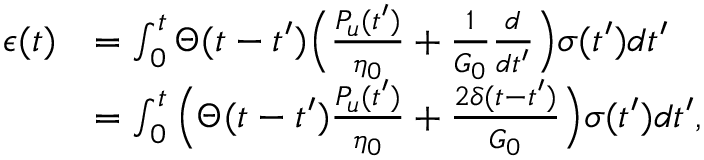
\begin{array} { r l } { { \epsilon } ( t ) } & { = \int _ { 0 } ^ { t } \Theta ( t - t ^ { \prime } ) \Big ( \frac { P _ { u } ( t ^ { \prime } ) } { \eta _ { 0 } } + \frac { 1 } { G _ { 0 } } \frac { d } { d t ^ { \prime } } \Big ) \sigma ( t ^ { \prime } ) d t ^ { \prime } } \\ & { = \int _ { 0 } ^ { t } \Big ( \Theta ( t - t ^ { \prime } ) \frac { P _ { u } ( t ^ { \prime } ) } { \eta _ { 0 } } + \frac { 2 \delta ( t - t ^ { \prime } ) } { G _ { 0 } } \Big ) \sigma ( t ^ { \prime } ) d t ^ { \prime } , } \end{array}